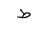
Letter: _da